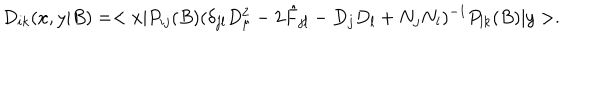
LaTeX: D _ { i k } ( x , y | B ) = < x | P _ { i j } ( B ) ( \delta _ { j l } D _ { \mu } ^ { 2 } - 2 \hat { F } _ { j l } - D _ { j } D _ { l } + N _ { j } N _ { l } ) ^ { - 1 } P _ { l k } ( B ) | y > .